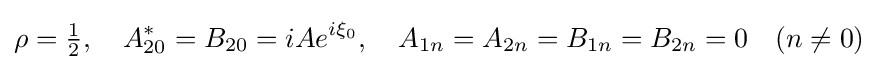
\rho ={\tfrac {1}{2}},\quad A_{20}^{*}=B_{20}=iAe^{i\xi _{0}},\quad A_{1n}=A_{2n}=B_{1n}=B_{2n}=0\quad (n\neq 0)